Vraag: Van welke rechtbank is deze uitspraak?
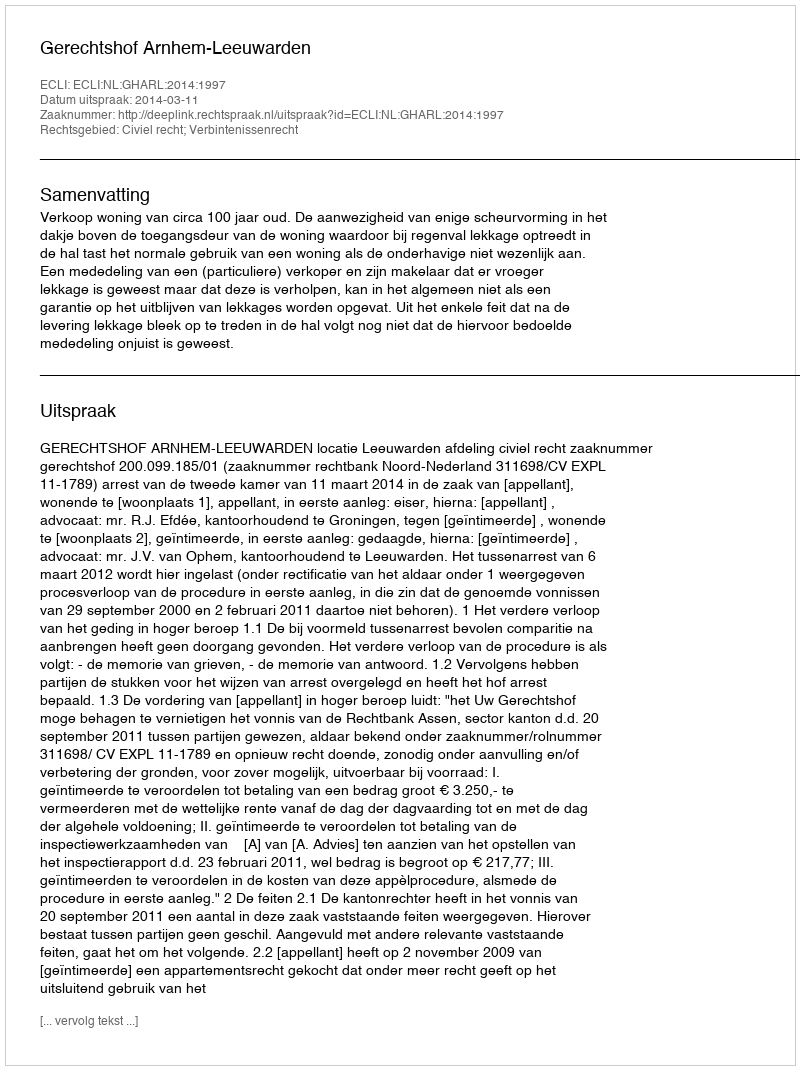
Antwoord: Gerechtshof Arnhem-Leeuwarden